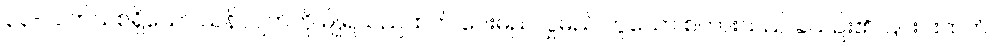
၃၃-လက်သစ်ရှိသော သန်လျက်ကို မျိုရသည်ထက် ပေးမည်လှူမည် ဟူသော စကားသည် ခဲယဉ်း၏၊ ၎င်းင်းထက်